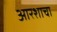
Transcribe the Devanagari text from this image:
आरशाचा